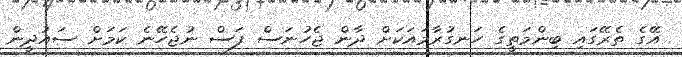
އޭގެ ތެރޭގައި ބިންމަތީގެ ހަނގުރާމައަކަށް ދާން ޖެހުނަސް ފަސް ނުޖެހޭނެ ކަމަށް ސައުދީން